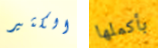
الكثير بأكملها